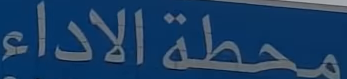
محطة الاداء